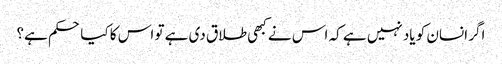
اگر انسان کو یاد نہیں ہے کہ اس نے کبھی طلاق دی ہے تو اس کا کیا حکم ہے؟